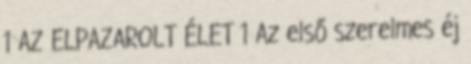
1 AZ ELPAZAROLT ÉLET 1 Az első szerelmes éj